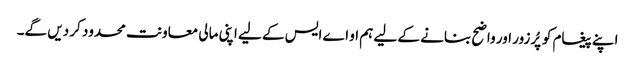
اپنے پیغام کو پُرزور اور واضح بنانے کے لیے ہم او اے ایس کے لیے اپنی مالی معاونت محدود کر دیں گے۔